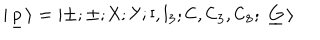
| \ \! \underline { { { \sf p } } } \ \! \rangle = \left| \pm ; \pm ; { \sf X } ; { \sf Y } ; { \sf I } , { \sf I } _ { 3 } ; { \sf C } , { \sf C } _ { 3 } , { \sf C } _ { 8 } ; \ \underline { { { \mathbf G } } } \ \! \right>